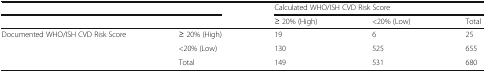
<table><thead><tr><td colspan="2"></td><td colspan="3"><b>Calculated WHO/ISH CVD Risk Score</b></td></tr><tr><td colspan="2"></td><td><b>≥ 20% (High)</b></td><td><b>&lt;20% (Low)</b></td><td><b>Total</b></td></tr></thead><tbody><tr><td rowspan="3">Documented WHO/ISH CVD Risk Score</td><td>≥ 20% (High)</td><td>19</td><td>6</td><td>25</td></tr><tr><td>&lt;20% (Low)</td><td>130</td><td>525</td><td>655</td></tr><tr><td>Total</td><td>149</td><td>531</td><td>680</td></tr></tbody></table>